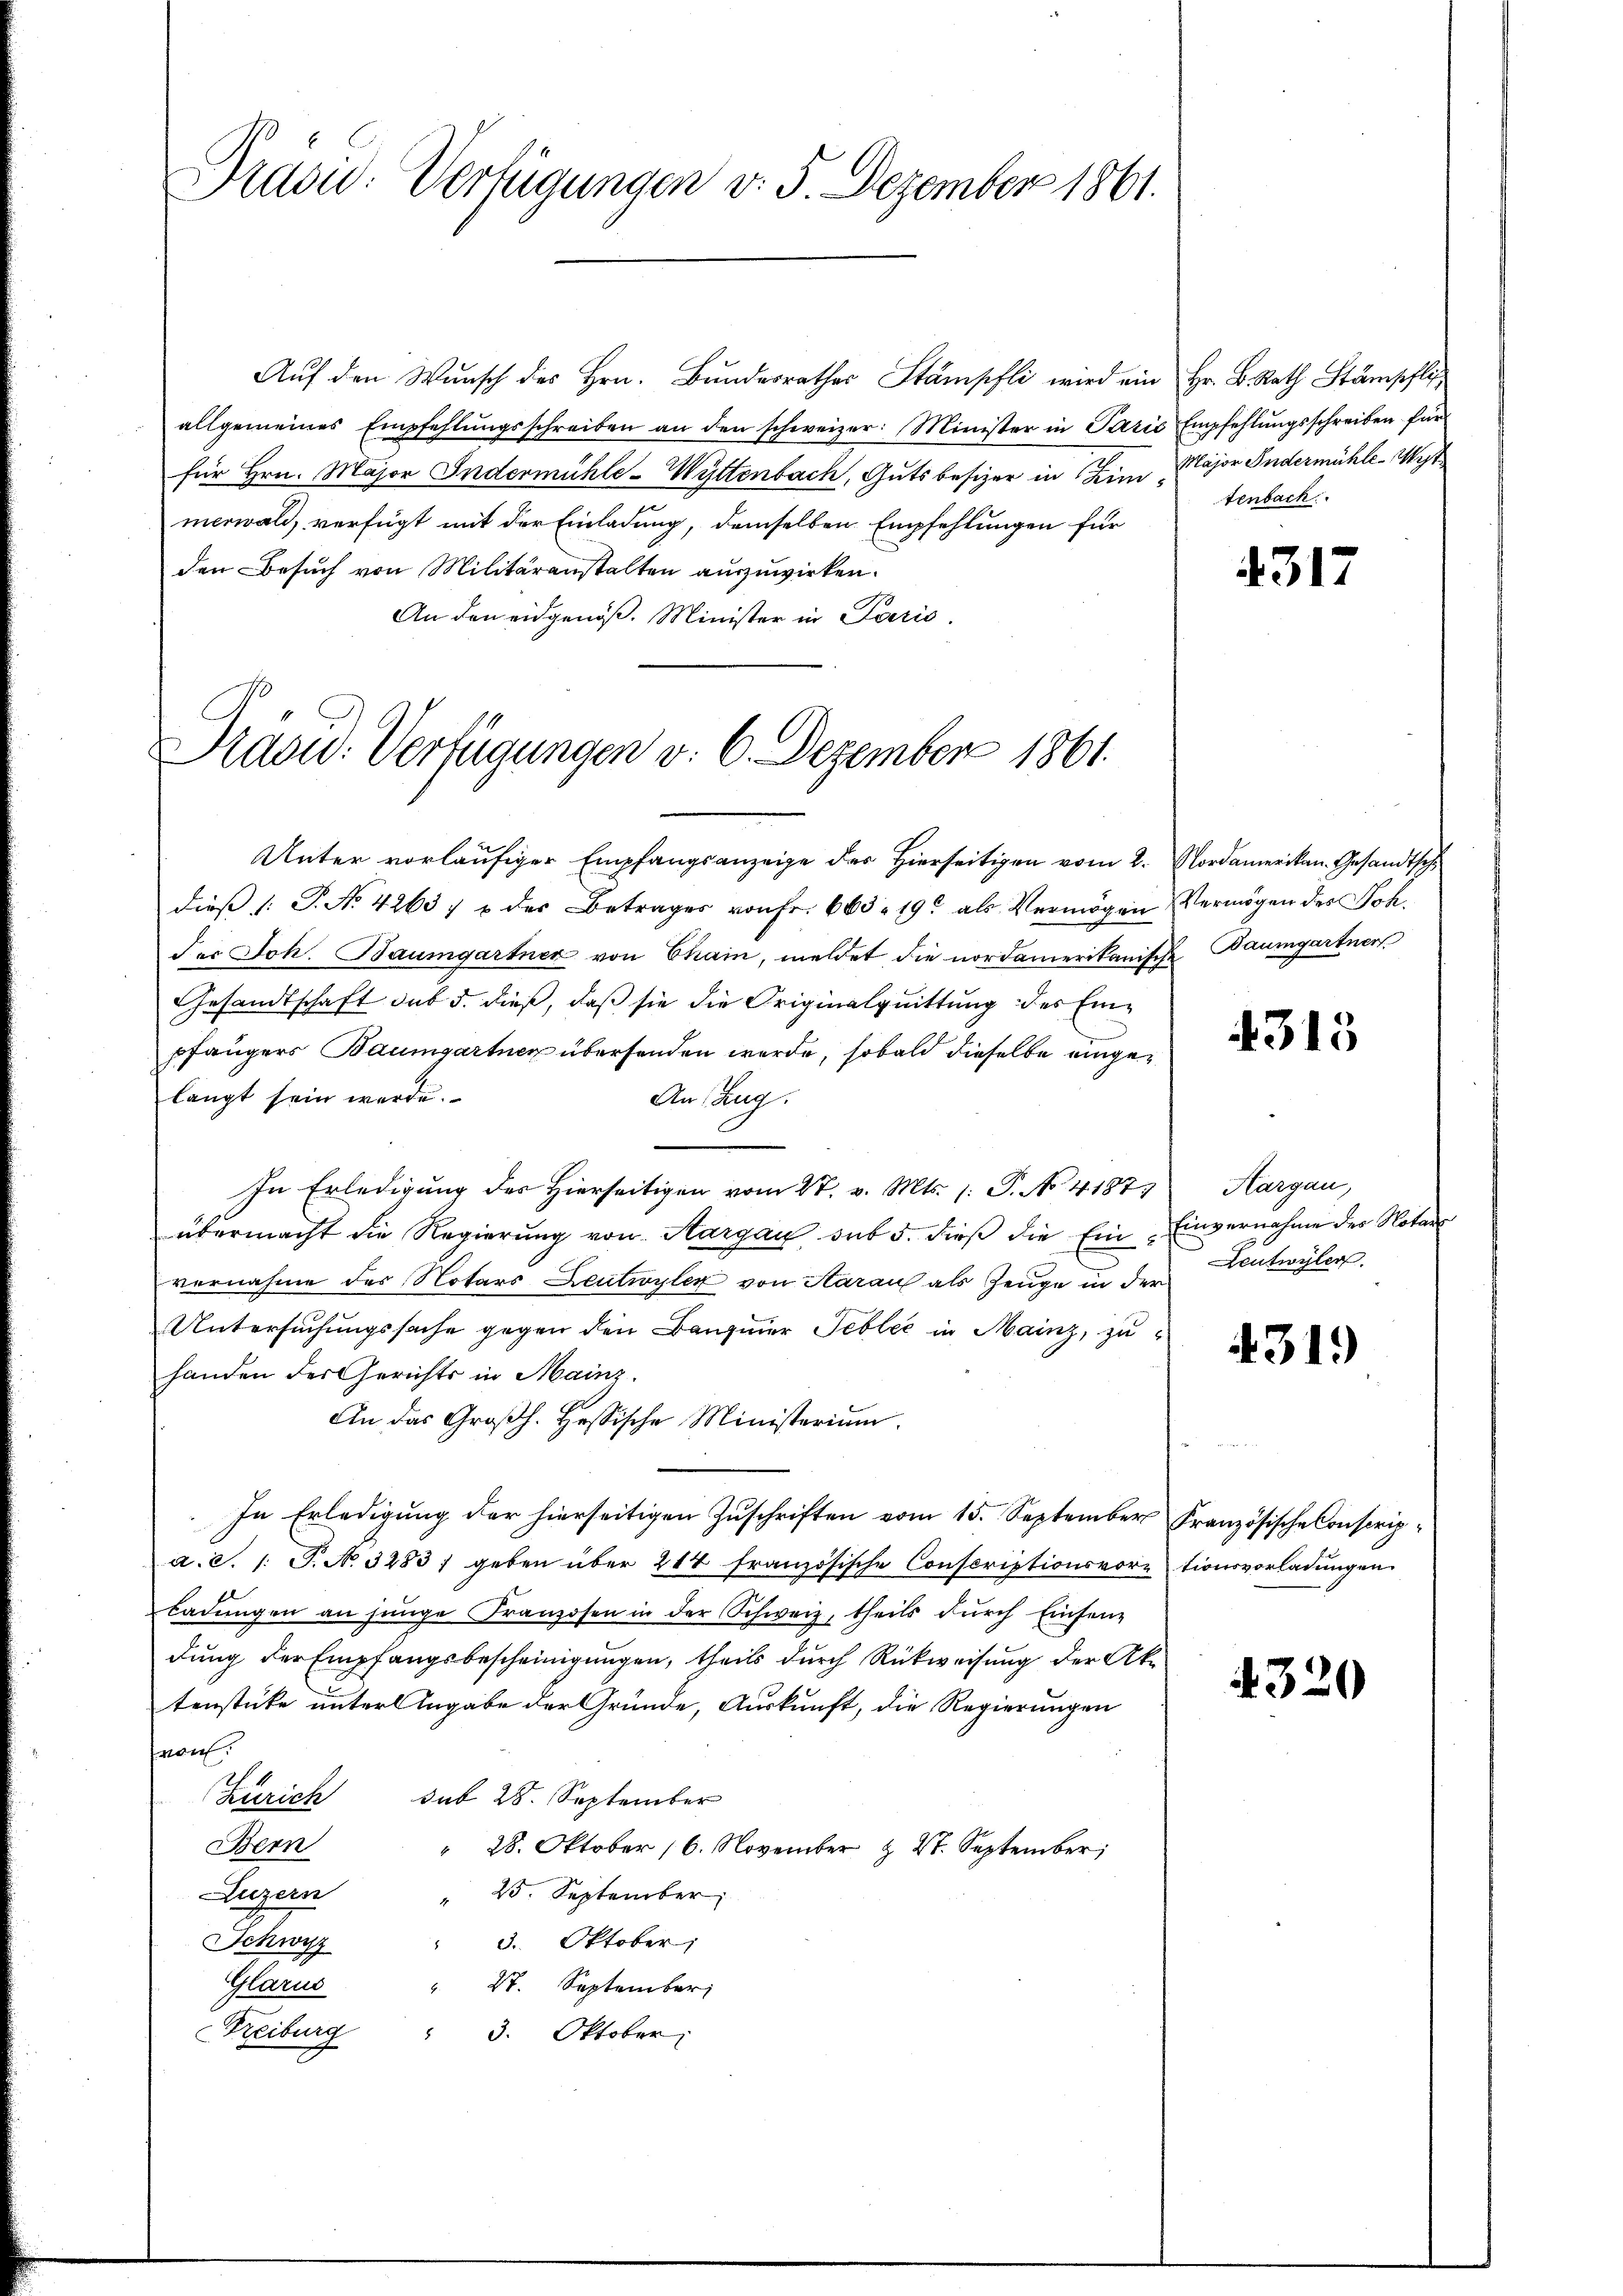
Präsid. Verfügungen v. 5. Dezember 1861.

Auf den Wunsch des Hrn. Bundesrathes Stämpfli wird ein Hr. B. Rath Stämschliallgemeines Empfehlŭngsschreiben an den schweizer: Minister in Paris Empfehlŭngsschreiben für
für Hrn. Major Indermühle-Wyttenbach, Gutsbesizer in Zunmerwald, verfügt mit der Einladung, demselben Empfehlungen für
den Besuch von Militäranstalten auszuwirken.
An den eidgenöß. Minister in Paris.

Kaou. Verfügungen v. 6. Dezember 1861.

Unter vorläufiger Empfangsanzeige des Hierseitigen vom 2. Nordamerikan. Gesandtsch
dieß (: P. No. 4263 u der Betrages von Fr. 665. 19 als Vermögen Vermögen des Joh.
der Joh. Baumgartner von Chain, meldet die nordamerikanische
Gesandtschaft das 5. dieß, daß sie die Originalquittung des Einpfängers Baumgartner übersenden werde, sobald dieselbe eingelangt sein werde.
An Zug.
In Erledigung des Hierseitigen vom 27. v. Mts. (: P. No. 4187
übermacht die Regierung von Aargau sub 5. dieβ die Ein Einvernahme der Notar
vernahme des Notars Leutwyler von Aarau als Zeuge in der
Untersuchungssache gegen den Bauziner Tebler in Mainz, zu
handen der Gerichts in Mainz.
An das Großh. Hessische Ministerium.
In Erledigung der hierseitigen Zuschriften vom 15. September Französische Conscripa.c. s. S. No. 3283, geben über 214 französische Conscriptionsvor- tionsvorladungen
ladŭngen an jünge Franzosen in der Schweiz, theils dŭrch Einsendung der Empfangsbescheinigungen, theils durch Rückweisung der Aka
tenstücke unter Angabe der Gründe, Auskunft, die Regierungen
on
Zürich sub 28. September
Bem
" 28. Oktober 16. November & 2. September,
Luzern
" 25. September
 3. Oktober,
Schwyz
Glarus
" 27. September
Freiburg " 3. Oktober

Major Indermühle-Wist
tenbach

4317

Baumgartner

4313

Hargau,
Zeutwyler

319

4320